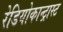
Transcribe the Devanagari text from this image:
रेडियोकान्ट्रास्ट